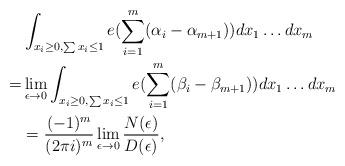
LaTeX: \begin{align*}&\int_{x_i\ge0,\sum x_i\le1} e(\sum_{i=1}^m(\alpha_i-\alpha_{m+1}))dx_1\dots dx_m\\=&\lim_{\epsilon\to0}\int_{x_i\ge0,\sum x_i\le1} e(\sum_{i=1}^m(\beta_i-\beta_{m+1}))dx_1\dots dx_m\\&=\frac{(-1)^m}{(2\pi i)^m}\lim_{\epsilon\to0}\frac{N(\epsilon)}{D(\epsilon)},\end{align*}